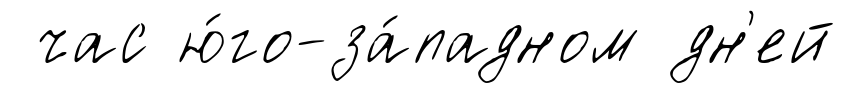
час ю́го-за́падном дн'ей